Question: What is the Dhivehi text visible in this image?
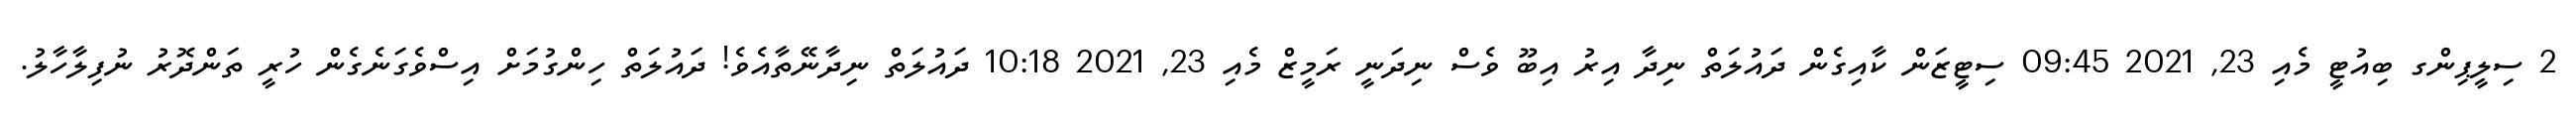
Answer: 2 ސިލީޕިންގ ބިއުޓީ މެއި 23, 2021 09:45 ސިޓީޒަން ކާއިގެން ދައުލަތް ނިދާ އިރު އިބޫ ވެސް ނިދަނީ ރަމީޒް މެއި 23, 2021 10:18 ދައުލަތް ނިދާނޭތާއެވެ! ދައުލަތް ހިންގުމަށް އިސްވެގަނެގެން ހުރީ ތަންދޮރު ނުފިލާހާލު.